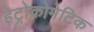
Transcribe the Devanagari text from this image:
हेट्रोक्रोमेटिक